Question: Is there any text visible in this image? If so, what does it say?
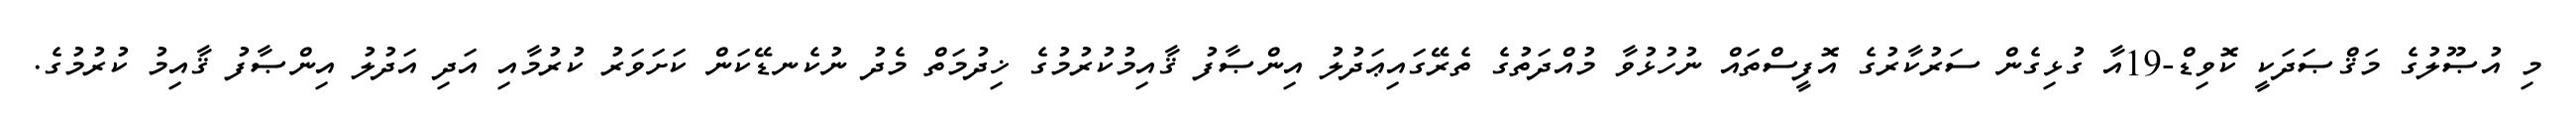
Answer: މި އުޞޫލުގެ މަޤްޞަދަކީ ކޮވިޑް-19އާ ގުޅިގެން ސަރުކާރުގެ އޮފީސްތައް ނުހުޅުވާ މުއްދަތުގެ ތެރޭގައިޢަދުލު އިންޞާފު ޤާއިމުކުރުމުގެ ޚިދުމަތް މެދު ނުކެނޑޭކަން ކަށަވަރު ކުރުމާއި އަދި އަދުލު އިންޞާފު ޤާއިމު ކުރުމުގެ.